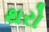
થરો